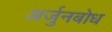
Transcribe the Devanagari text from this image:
अर्जुनबोध